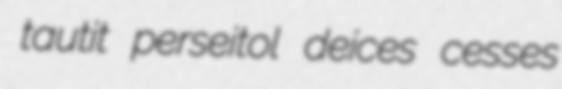
tautit perseitol deices cesses